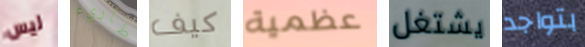
ليس طاريء كيف عظمية يشتغل بتواجد